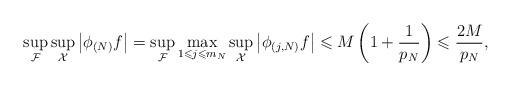
LaTeX: \begin{align*}\sup_{\mathcal{F}}\sup_{\mathcal{X}}\left\vert \phi_{(N)}f\right\vert=\sup_{\mathcal{F}}\max_{1\leqslant j\leqslant m_{N}}\sup_{\mathcal{X}}\left\vert \phi_{(j,N)}f\right\vert \leqslant M\left( 1+\frac{1}{p_{N}}\right) \leqslant\frac{2M}{p_{N}},\end{align*}